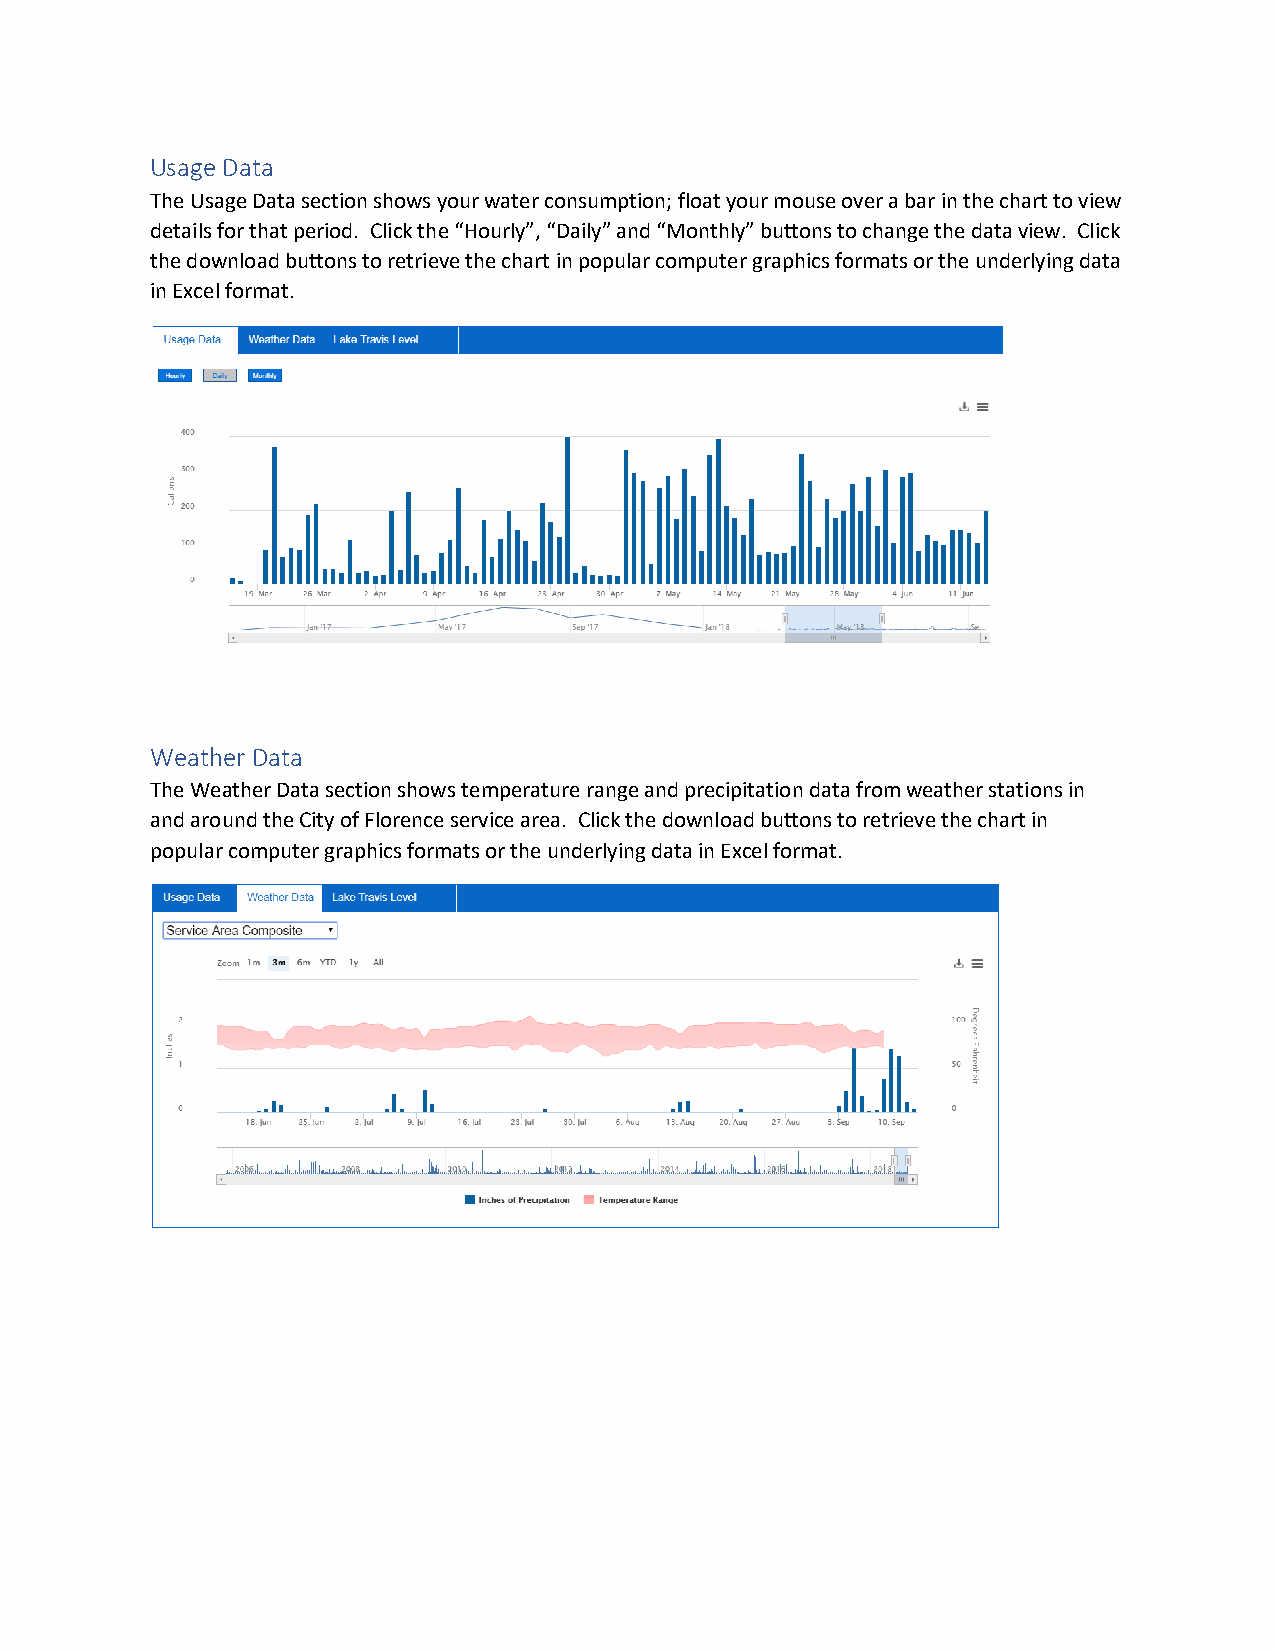
Usage Data
 The Usage Data section shows your water consumption; float your mouse over a bar in the chart to view
 details for that period. Click the “Hourly”, “Daily” and “Monthly” buttons to change the data view. Click
 the download buttons to retrieve the chart in popular computer graphics formats or the underlying data
 in Excel format.
 Weather Data
 The Weather Data section shows temperature range and precipitation data from weather stations in
 and around the City of Florence service area. Click the download buttons to retrieve the chart in
 popular computer graphics formats or the underlying data in Excel format.